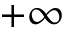
+ \infty